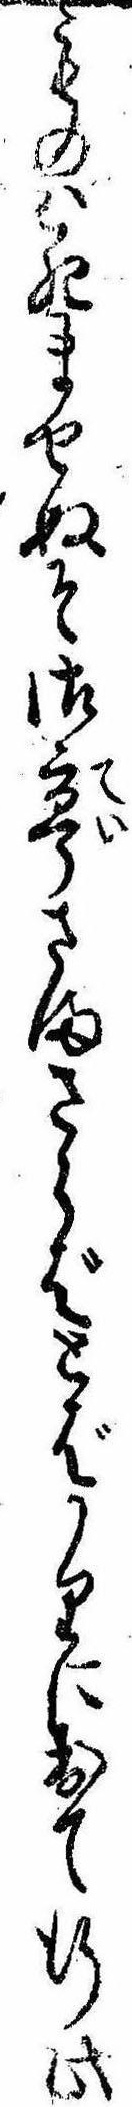
ものは死ませぬそ御亭さまさらばとばかりに出て行此